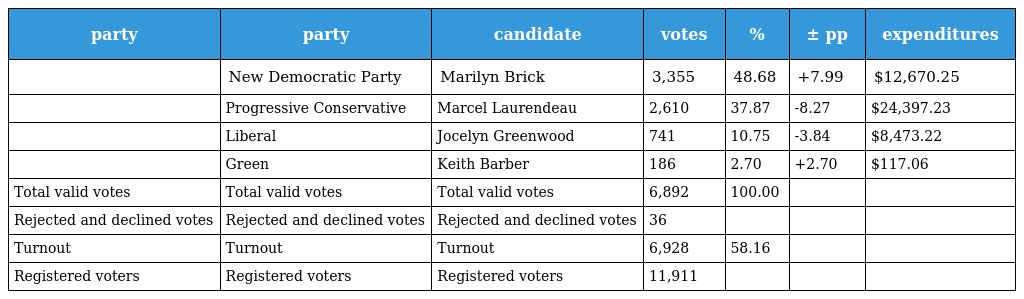
| party | party | candidate | votes | % | ± pp | expenditures |
 | --- | --- | --- | --- | --- | --- | --- |
 |  | New Democratic Party | Marilyn Brick | 3,355 | 48.68 | +7.99 | $12,670.25 |
 |  | Progressive Conservative | Marcel Laurendeau | 2,610 | 37.87 | -8.27 | $24,397.23 |
 |  | Liberal | Jocelyn Greenwood | 741 | 10.75 | -3.84 | $8,473.22 |
 |  | Green | Keith Barber | 186 | 2.70 | +2.70 | $117.06 |
 | Total valid votes | Total valid votes | Total valid votes | 6,892 | 100.00 |  |  |
 | Rejected and declined votes | Rejected and declined votes | Rejected and declined votes | 36 |  |  |  |
 | Turnout | Turnout | Turnout | 6,928 | 58.16 |  |  |
 | Registered voters | Registered voters | Registered voters | 11,911 |  |  |  |